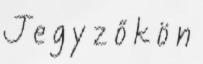
J e g y z ő k ö n